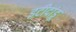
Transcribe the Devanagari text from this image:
इटीदांडू